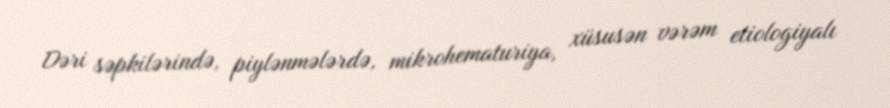
Dəri səpkilərində, piylənmələrdə, mikrohematuriya, xüsusən vərəm etiologiyalı